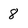
Character: 8